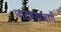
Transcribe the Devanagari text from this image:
पाटण्यामार्गे